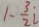
1 - \frac { 3 } { 2 } i